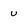
Character: u